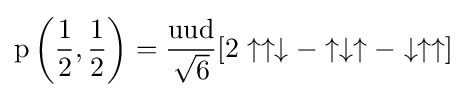
{\text{p}}\left({\frac {1}{2}},{\frac {1}{2}}\right)={\frac {{\text{u}}{\text{u}}{\text{d}}}{\sqrt {6}}}[2\uparrow \uparrow \downarrow -\uparrow \downarrow \uparrow -\downarrow \uparrow \uparrow ]